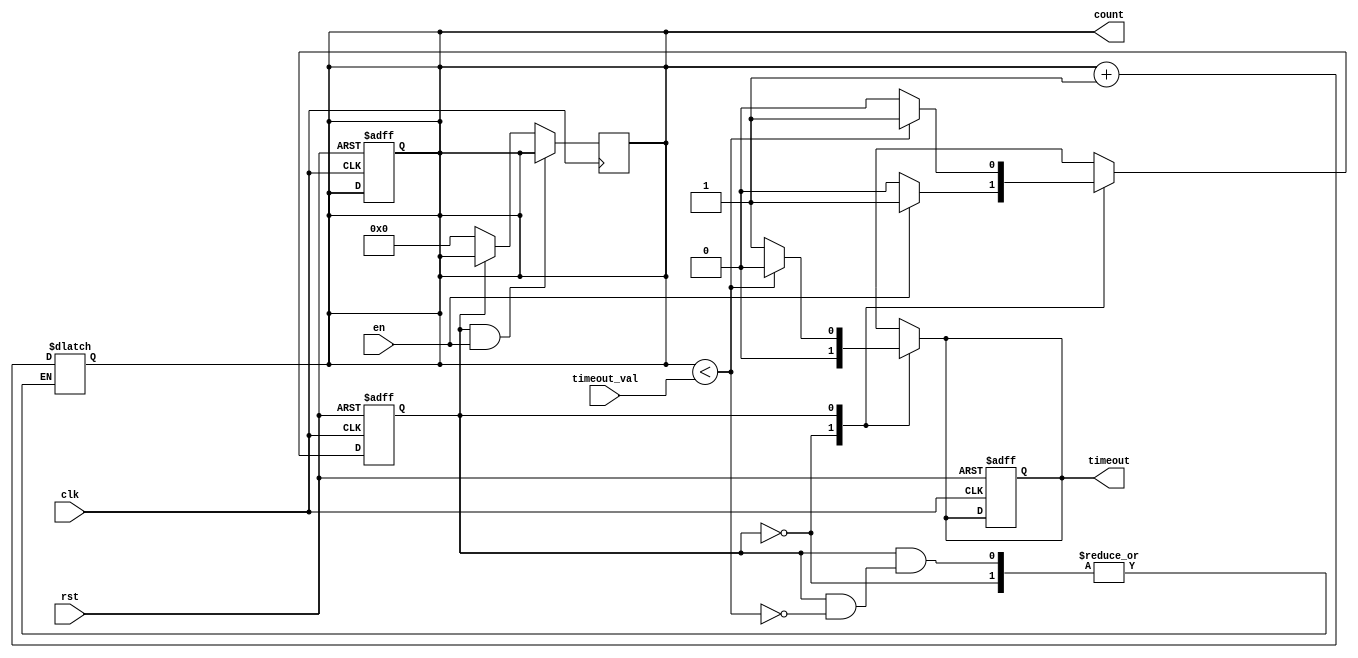
module timeout_counter (
    input wire clk,               // Clock signal
    input wire rst,               // Asynchronous reset
    input wire en,                // Enable signal
    input wire [15:0] timeout_val, // Configurable time-out value
    output reg [15:0] count,      // Current count value
    output reg timeout            // Time-out signal
);

    // State definitions
    localparam IDLE = 1'b0;
    localparam COUNTING = 1'b1;
    reg state, next_state;

    // Asynchronous reset and state transition
    always @(posedge clk or posedge rst) begin
        if (rst) begin
            count <= 16'b0;         // Reset count to 0
            timeout <= 1'b0;        // Deactivate time-out signal
            state <= IDLE;          // Go to IDLE state
        end else begin
            state <= next_state;    // Update state
        end
    end

    // Next state logic and counting
    always @(*) begin
        next_state = state;         // Default to current state
        timeout = 1'b0;             // Default time-out signal to inactive

        case (state)
            IDLE: begin
                if (en) begin
                    next_state = COUNTING; // Move to COUNTING state
                end
            end
            COUNTING: begin
                if (count < timeout_val) begin
                    count = count + 1; // Increment count
                end else begin
                    timeout = 1'b1;     // Activate time-out signal
                    next_state = IDLE;  // Optionally return to IDLE
                end
            end
        endcase
    end

    // Count reset logic
    always @(posedge clk) begin
        if (state == COUNTING && en) begin
            // Count is updated in the combinational logic
        end else if (state == IDLE) begin
            count <= 16'b0; // Reset count when entering IDLE state
        end
    end

endmodule